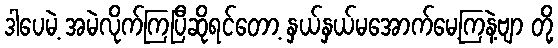
ဒါပေမဲ့ အမဲလိုက်ကြပြီဆိုရင်တော့ နှယ်နှယ်မအောက်မေ့ကြနဲ့ဗျာ တို့